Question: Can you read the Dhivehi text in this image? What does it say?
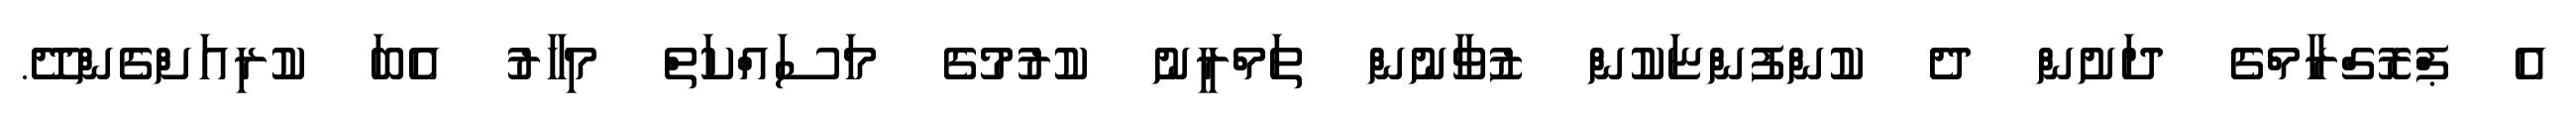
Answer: އެ ޕްރޮގްރާމްގެ ދަށުން ދެ ކުންފުންޏަކުން ޒުވާނުން ތަމްރީނު ކުރުމުގެ މަސައްކަތް މިހާރު އެބަ ކުރިއަށްގެންދޭ.